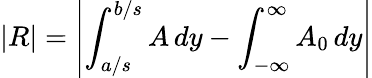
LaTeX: \left|R\right|=\left|\int_{a/s}^{b/s}A\, dy-\int_{-\infty}^{\infty}A_{0}\, dy\right|